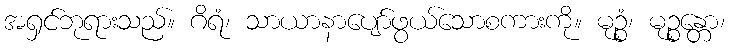
အရှင်ဘုရားသည်။ ဂိရံ၊ သာယာနာပျော်ဖွယ်သောစကားကို။ မုဉ္စံ၊ မုဉ္စန္တော၊